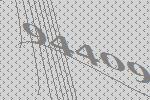
94409